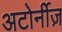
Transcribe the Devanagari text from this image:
अटोर्नीज़